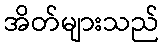
အိတ်များသည်